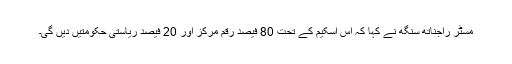
مسٹر راجناتھ سنگھ نے کہا کہ اس اسکیم کے تحت 80 فیصد رقم مرکز اور 20 فیصد ریاستی حکومتیں دیں گی۔